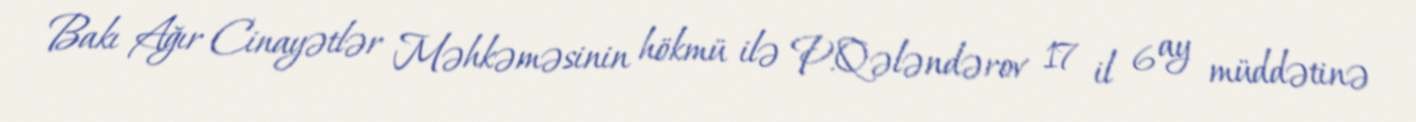
Bakı Ağır Cinayətlər Məhkəməsinin hökmü ilə P.Qələndərov 17 il 6 ay müddətinə